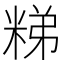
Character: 𥺀